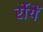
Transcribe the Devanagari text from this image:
र्रोयें